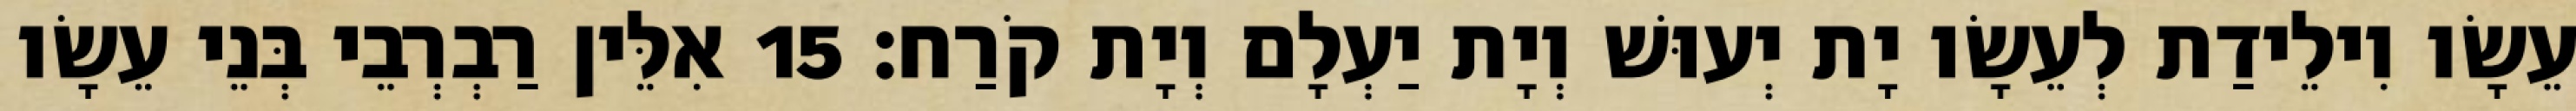
עֵשָׂו וִילֵידַת לְעֵשָׂו יָת יְעוּשׁ וְיָת יַעְלָם וְיָת קֹרַח׃ 15 אִלֵּין רַבְרְבֵי בְּנֵי עֵשָׂו